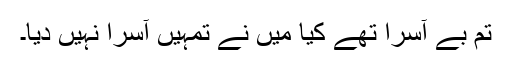
تم بے آسرا تھے کیا میں نے تمہیں آسرا نہیں دیا۔